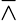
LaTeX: \barwedge